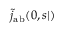
\tilde { j } _ { \mathrm { { a b } } } ( \r _ { 0 } , s | \r )